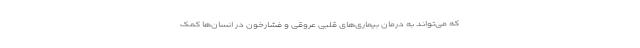
که می‌تواند به درمان بیماری‌های قلبی عروقی و فشارخون در انسان‌ها کمک